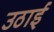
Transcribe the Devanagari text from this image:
उठाईं